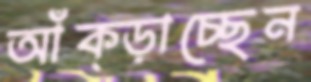
আঁক্‌ড়াচ্ছেন